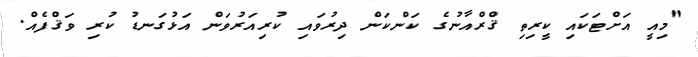
"މިއީ އަށްޓަކައި ކީރިތި ޤްރްއާނުގެ ކަންކަން ދިރުވައި ކުރިއަރުވަން އަޅުގަނޑު ކުރި ވަޤްފެއް.